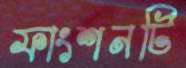
ফাংশনটি